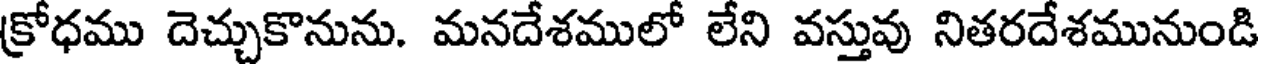
క్రోధము దెచ్చుకొనును. మనదేశములో లేని వస్తువు నితరదేశమునుండి